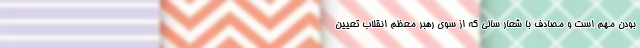
بودن مهم است و مصادف با شعار سالی که از سوی رهبر معظم انقلاب تعیین